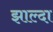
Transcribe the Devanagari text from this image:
झाल्दा